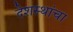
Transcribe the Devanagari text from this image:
देशस्थांचा